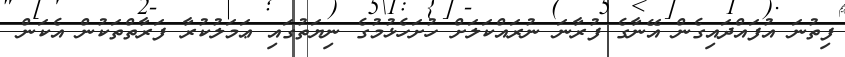
ފިތުނަ އުފައްދައިގެން އޭނާގެ ފުރާނަ ނުރައްކަލަށް ހުށަހެޅުމުގެ ނިޔަތުގައި ޢަމަލުކުރާ ފަރާތްތަކުން އެކަން